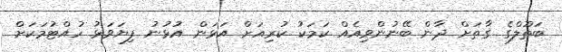
ބަތޫލްގެ ގާތަށް ދާން ބޭނުންވިއެއް ކަމަކު ކުރިއަށް އަޅަން އުޅުނު ފިޔަވަޅު ހުއްޓުމަކަށް